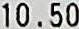
10.50